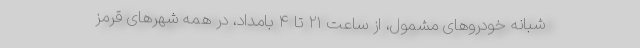
شبانه خودرو‌های مشمول، از ساعت ۲۱ تا ۴ بامداد، در همه شهر‌های قرمز